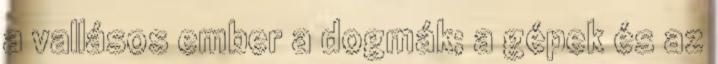
a vallásos ember a dogmák; a gépek és az